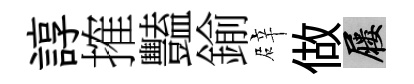
諄搉豔鍮辟做屨